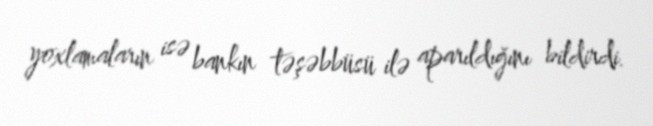
yoxlamaların isə bankın təşəbbüsü ilə aparıldığını bildirdi.